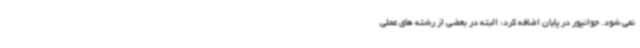
نمی شود. جوانپور در پایان اضافه کرد: البته در بعضی از رشته های عملی